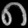
Digit: ၈